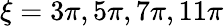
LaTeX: \xi=3\pi,5\pi,7\pi,11\pi